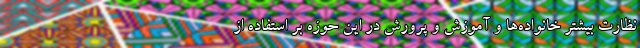
نظارت بیشتر خانواده‌ها و آموزش و پرورش در این حوزه بر استفاده از